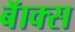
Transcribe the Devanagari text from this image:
बॅाक्स